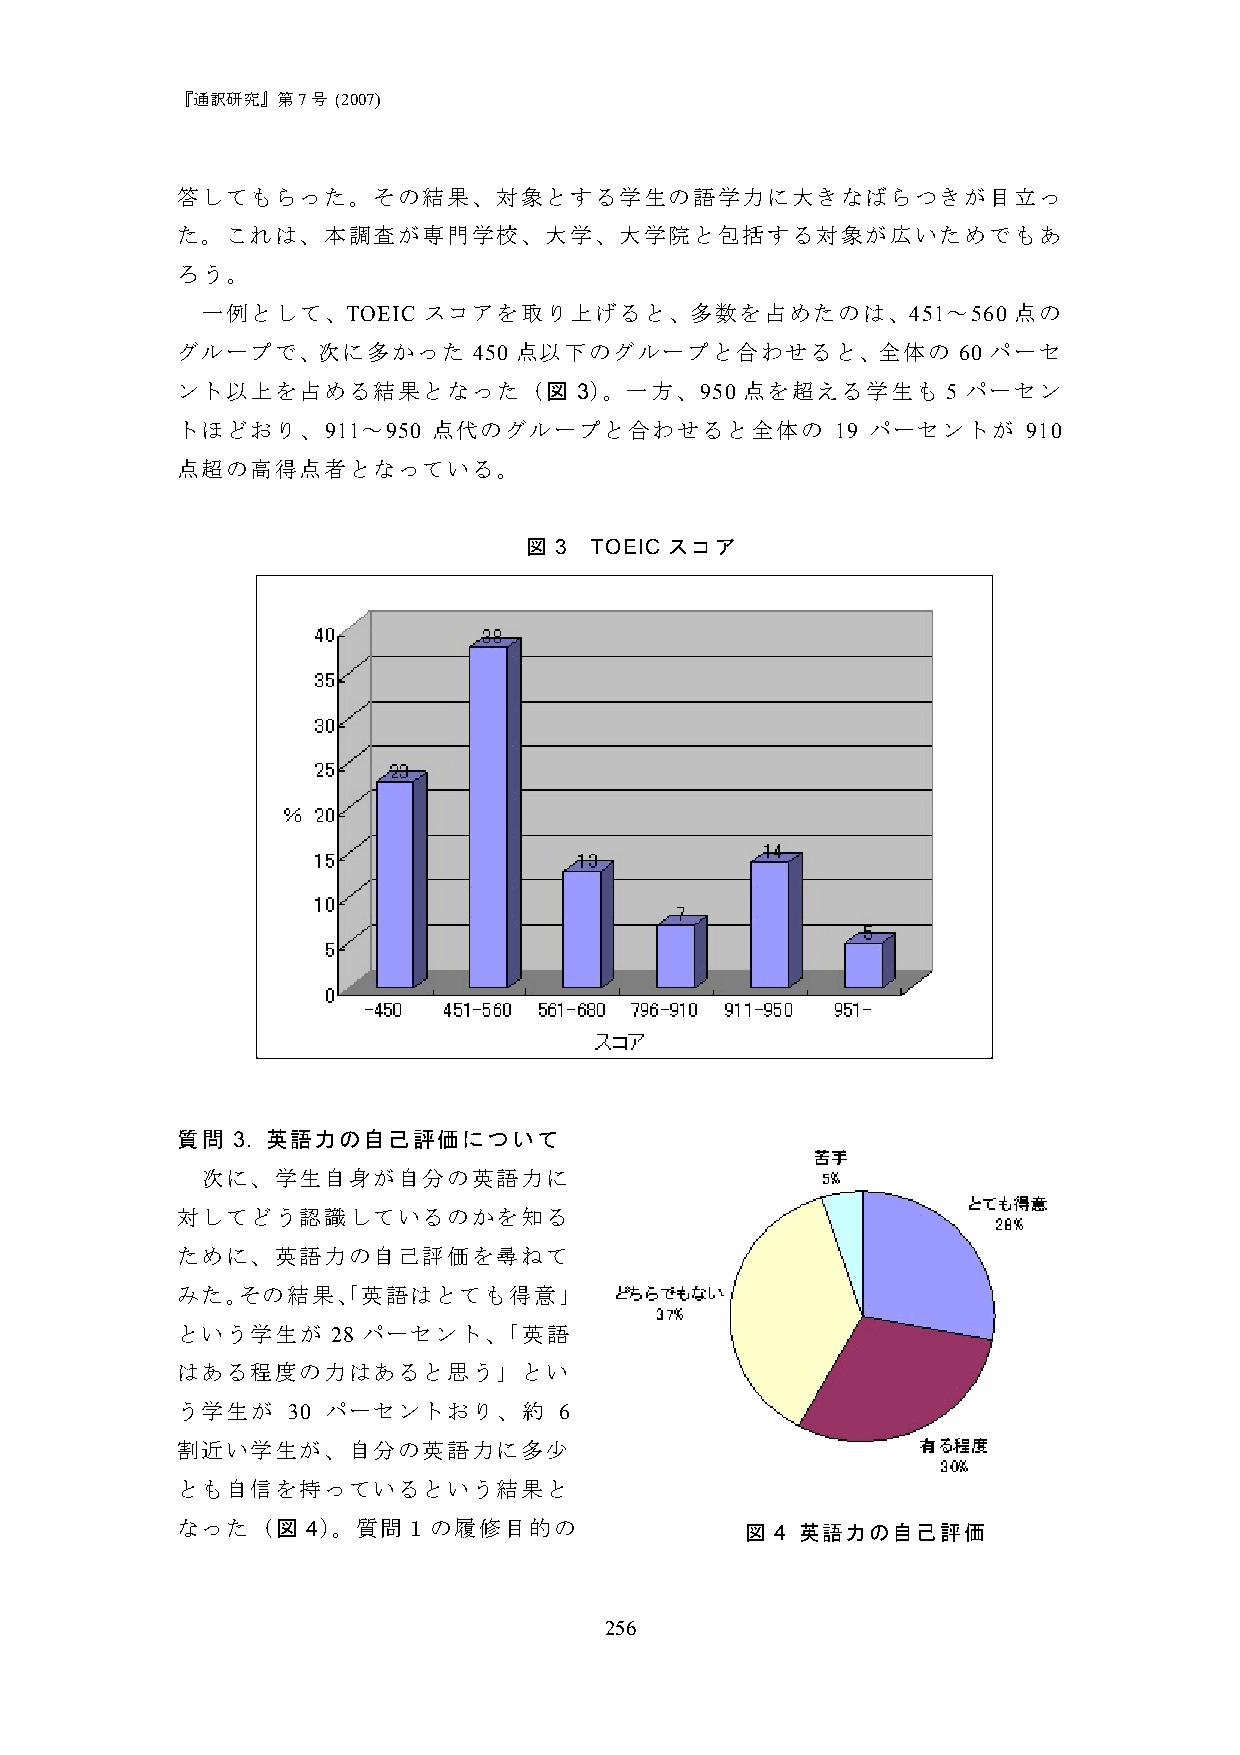
『通訳研究』第7号 (2007)
 答してもらった。その結果、対象とする学生の語学力に大きなばらつきが目立っ
 た。これは、本調査が専門学校、大学、大学院と包括する対象が広いためでもあ
 ろう。
 一例として、TOEIC    スコアを取り上げると、多数を占めたのは、451～560            点の
 グループで、次に多かった       450 点以下のグループと合わせると、全体の          60 パーセ
 ント以上を占める結果となった（図          3）。一方、950  点を超える学生も      5 パーセン
 トほどおり、911～950    点代のグループと合わせると全体の          19 パーセントが    910
 点超の高得点者となっている。
 図 3 TOEIC スコア
 質問 3. 英語力の自己評価について
 次に、学生自身が自分の英語力に
 対してどう認識しているのかを知る
 ために、英語力の自己評価を尋ねて
 みた。その結果、「英語はとても得意」
 という学生が    28 パーセント、「英語
 はある程度の力はあると思う」とい
 う学生が   30 パーセントおり、約      6
 割近い学生が、自分の英語力に多少
 とも自信を持っているという結果と
 なった（図   4）。質問１の履修目的の                 図 4 英語力の自己評価
 256